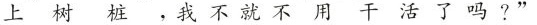
上树桩，我不就不用干活了吗？”